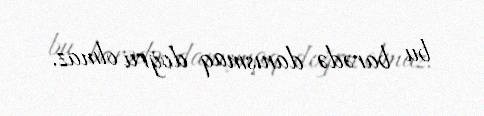
bu barədə danışmaq doğru olmaz.